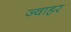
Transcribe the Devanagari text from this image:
ज्वाहर